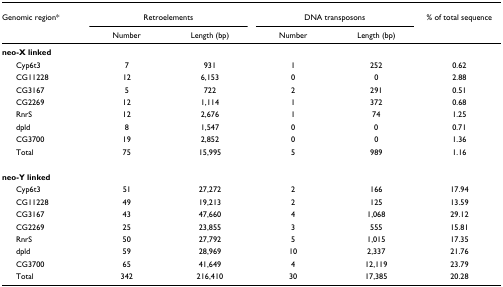
| Genomic region* | <COLSPAN=2> Retroelements | <COLSPAN=2> DNA transposons | % of total sequence |
 |  | Number | Length (bp) | Number | Length (bp) |  |
 | --- | --- | --- | --- | --- | --- |
 | neo-X linked |  |  |  |  |  |
 | Cyp6t3 | 7 | 931 | 1 | 252 | 0.62 |
 | CG11228 | 12 | 6,153 | 0 | 0 | 2.88 |
 | CG3167 | 5 | 722 | 2 | 291 | 0.51 |
 | CG2269 | 12 | 1,114 | 1 | 372 | 0.68 |
 | RnrS | 12 | 2,676 | 1 | 74 | 1.25 |
 | dpld | 8 | 1,547 | 0 | 0 | 0.71 |
 | CG3700 | 19 | 2,852 | 0 | 0 | 1.36 |
 | Total | 75 | 15,995 | 5 | 989 | 1.16 |
 | neo-Y linked |  |  |  |  |  |
 | Cyp6t3 | 51 | 27,272 | 2 | 166 | 17.94 |
 | CG11228 | 49 | 19,213 | 2 | 125 | 13.59 |
 | CG3167 | 43 | 47,660 | 4 | 1,068 | 29.12 |
 | CG2269 | 25 | 23,855 | 3 | 555 | 15.81 |
 | RnrS | 50 | 27,792 | 5 | 1,015 | 17.35 |
 | dpld | 59 | 28,969 | 10 | 2,337 | 21.76 |
 | CG3700 | 65 | 41,649 | 4 | 12,119 | 23.79 |
 | Total | 342 | 216,410 | 30 | 17,385 | 20.28 |